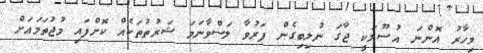
މިހާރު އޮންނަ އުސޫލަކީ ޖާގަ ނުލިބިގެން ފަރުވާ ލަސްވާނަމަ ޝަރުތުތަކެއް ކޮށްފައި މުޖުތަމައަށް